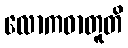
လောကဓာတူတိ